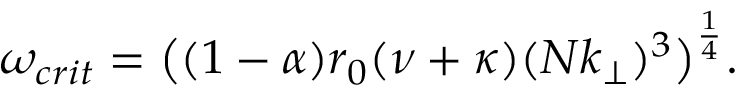
\omega _ { c r i t } = \big ( ( 1 - \alpha ) r _ { 0 } ( \nu + \kappa ) ( N k _ { \perp } ) ^ { 3 } \big ) ^ { \frac { 1 } { 4 } } .